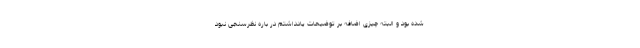
شده بود و البته چیزی اضافه بر توضیحات یادداشتم در باره نظرسنجی نبود